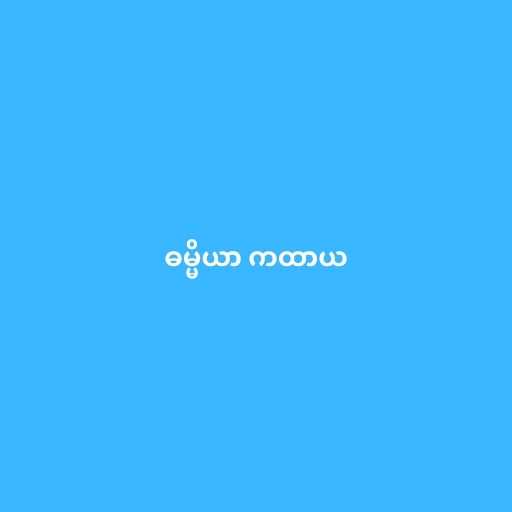
ဓမ္မိယာ ကထာယ